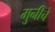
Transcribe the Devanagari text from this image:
मुनीचे